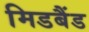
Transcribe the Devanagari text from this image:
मिडबैंड